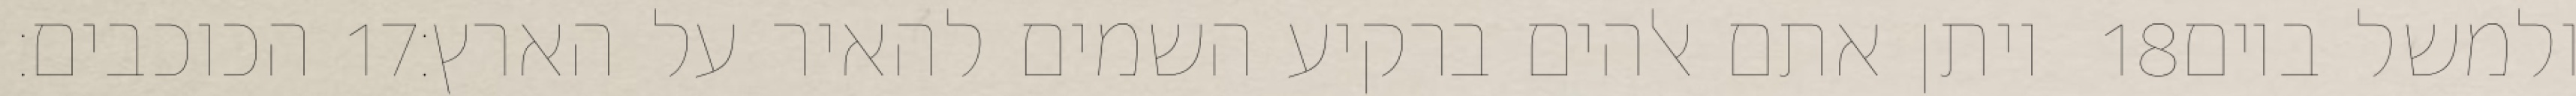
הכוכבים׃ ‎17‏ ויתן אתם אלהים ברקיע השמים להאיר על הארץ׃ ‎18‏ ולמשל ביום